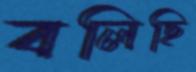
বলিছি